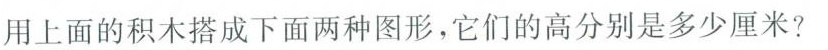
用上面的积木搭成下面两种图形，它们的高分别是多少厘米?